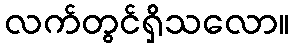
လက်တွင်ရှိသလော။